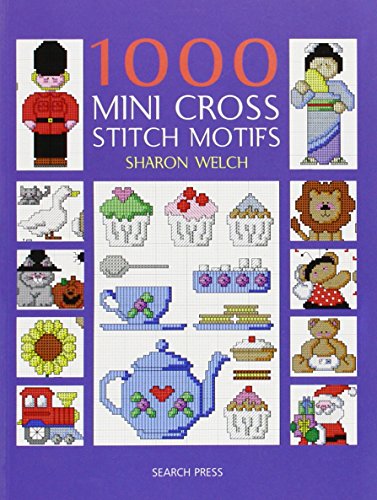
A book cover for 1000 Mini Cross Stitch Motifs; Sharon Welch; Crafts, Hobbies & Home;